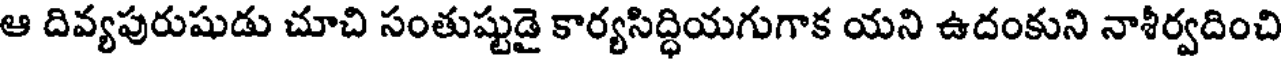
ఆ దివ్యపురుషుడు చూచి సంతుష్టుడై కార్యసిద్ధియగుగాక యని ఉదంకుని నాశీర్వదించి